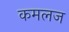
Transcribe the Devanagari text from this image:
कमलज